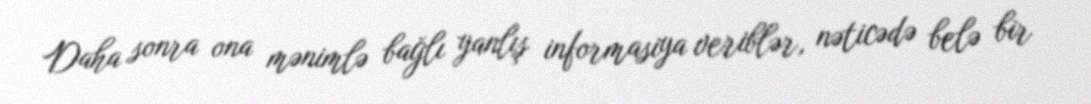
Daha sonra ona mənimlə bağlı yanlış informasiya veriblər, nəticədə belə bir